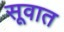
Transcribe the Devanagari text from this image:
सूवात